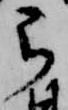
弓